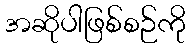
အဆိုပါဖြစ်စဉ်ကို